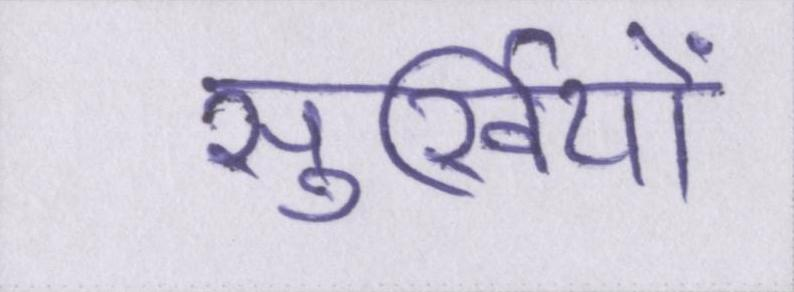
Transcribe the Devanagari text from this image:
सुर्खियों